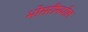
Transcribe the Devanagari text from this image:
भोसरीमधील